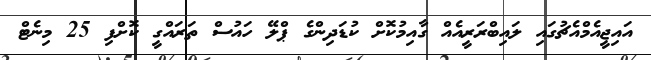
އައިޖީއެމްއެޗުގައި ލައިބްރަރީއެއް ގާއިމުކޮށް ކުޑަދިންގެ ޕްލޭ ހައުސް ތަރައްގީ ކޮށްފި 25 މިނެޓް